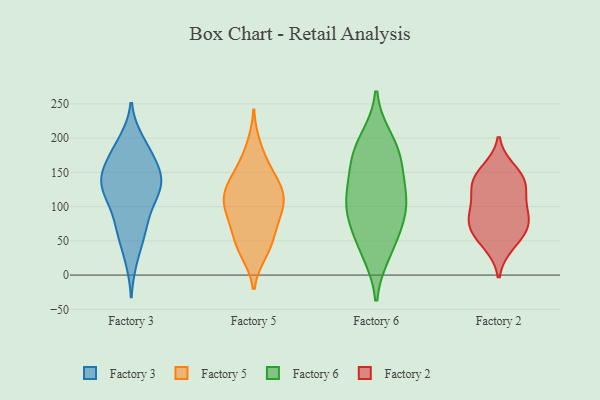
{"axis": {"x": "Active Users", "y": "Value"}, "legend": ["Factory 2", "Factory 3", "Factory 5", "Factory 6"], "data": [{"x": "", "y": 130, "type": "Factory 3"}, {"x": "", "y": 22, "type": "Factory 3"}, {"x": "", "y": 197, "type": "Factory 3"}, {"x": "", "y": 74, "type": "Factory 3"}, {"x": "", "y": 189, "type": "Factory 3"}, {"x": "", "y": 108, "type": "Factory 3"}, {"x": "", "y": 129, "type": "Factory 3"}, {"x": "", "y": 131, "type": "Factory 3"}, {"x": "", "y": 180, "type": "Factory 3"}, {"x": "", "y": 60, "type": "Factory 3"}, {"x": "", "y": 148, "type": "Factory 3"}, {"x": "", "y": 119, "type": "Factory 3"}, {"x": "", "y": 154, "type": "Factory 3"}, {"x": "", "y": 159, "type": "Factory 3"}, {"x": "", "y": 149, "type": "Factory 3"}, {"x": "", "y": 101, "type": "Factory 3"}, {"x": "", "y": 62, "type": "Factory 3"}, {"x": "", "y": 34, "type": "Factory 5"}, {"x": "", "y": 100, "type": "Factory 5"}, {"x": "", "y": 157, "type": "Factory 5"}, {"x": "", "y": 97, "type": "Factory 5"}, {"x": "", "y": 37, "type": "Factory 5"}, {"x": "", "y": 53, "type": "Factory 5"}, {"x": "", "y": 126, "type": "Factory 5"}, {"x": "", "y": 118, "type": "Factory 5"}, {"x": "", "y": 188, "type": "Factory 5"}, {"x": "", "y": 82, "type": "Factory 5"}, {"x": "", "y": 153, "type": "Factory 5"}, {"x": "", "y": 53, "type": "Factory 5"}, {"x": "", "y": 83, "type": "Factory 5"}, {"x": "", "y": 109, "type": "Factory 5"}, {"x": "", "y": 131, "type": "Factory 5"}, {"x": "", "y": 120, "type": "Factory 5"}, {"x": "", "y": 88, "type": "Factory 6"}, {"x": "", "y": 79, "type": "Factory 6"}, {"x": "", "y": 108, "type": "Factory 6"}, {"x": "", "y": 121, "type": "Factory 6"}, {"x": "", "y": 155, "type": "Factory 6"}, {"x": "", "y": 34, "type": "Factory 6"}, {"x": "", "y": 176, "type": "Factory 6"}, {"x": "", "y": 46, "type": "Factory 6"}, {"x": "", "y": 197, "type": "Factory 6"}, {"x": "", "y": 177, "type": "Factory 6"}, {"x": "", "y": 110, "type": "Factory 6"}, {"x": "", "y": 45, "type": "Factory 2"}, {"x": "", "y": 73, "type": "Factory 2"}, {"x": "", "y": 81, "type": "Factory 2"}, {"x": "", "y": 153, "type": "Factory 2"}, {"x": "", "y": 93, "type": "Factory 2"}, {"x": "", "y": 129, "type": "Factory 2"}, {"x": "", "y": 138, "type": "Factory 2"}, {"x": "", "y": 113, "type": "Factory 2"}, {"x": "", "y": 140, "type": "Factory 2"}, {"x": "", "y": 77, "type": "Factory 2"}, {"x": "", "y": 56, "type": "Factory 2"}]}